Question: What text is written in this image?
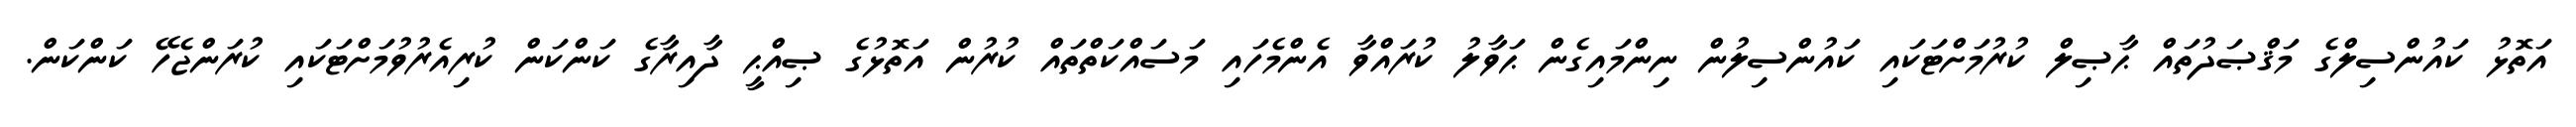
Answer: އަތޮޅު ކައުންސިލްގެ މަޤްޞަދުތައް ޙާޞިލް ކުރުމަށްޓަކައި ކައުންސިލުން ނިންމައިގެން ޙަވާލު ކުރައްވާ އެންމެހައި މަސައްކަތްތައް ކުރުން އަތޮޅުގެ ޞިއްޙީ ދާއިރާގެ ކަންކަން ކުރިއެރުވުމަށްޓަކައި ކުރަންޖެހޭ ކަންކަން.